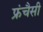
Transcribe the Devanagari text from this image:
फ्रंचैसी